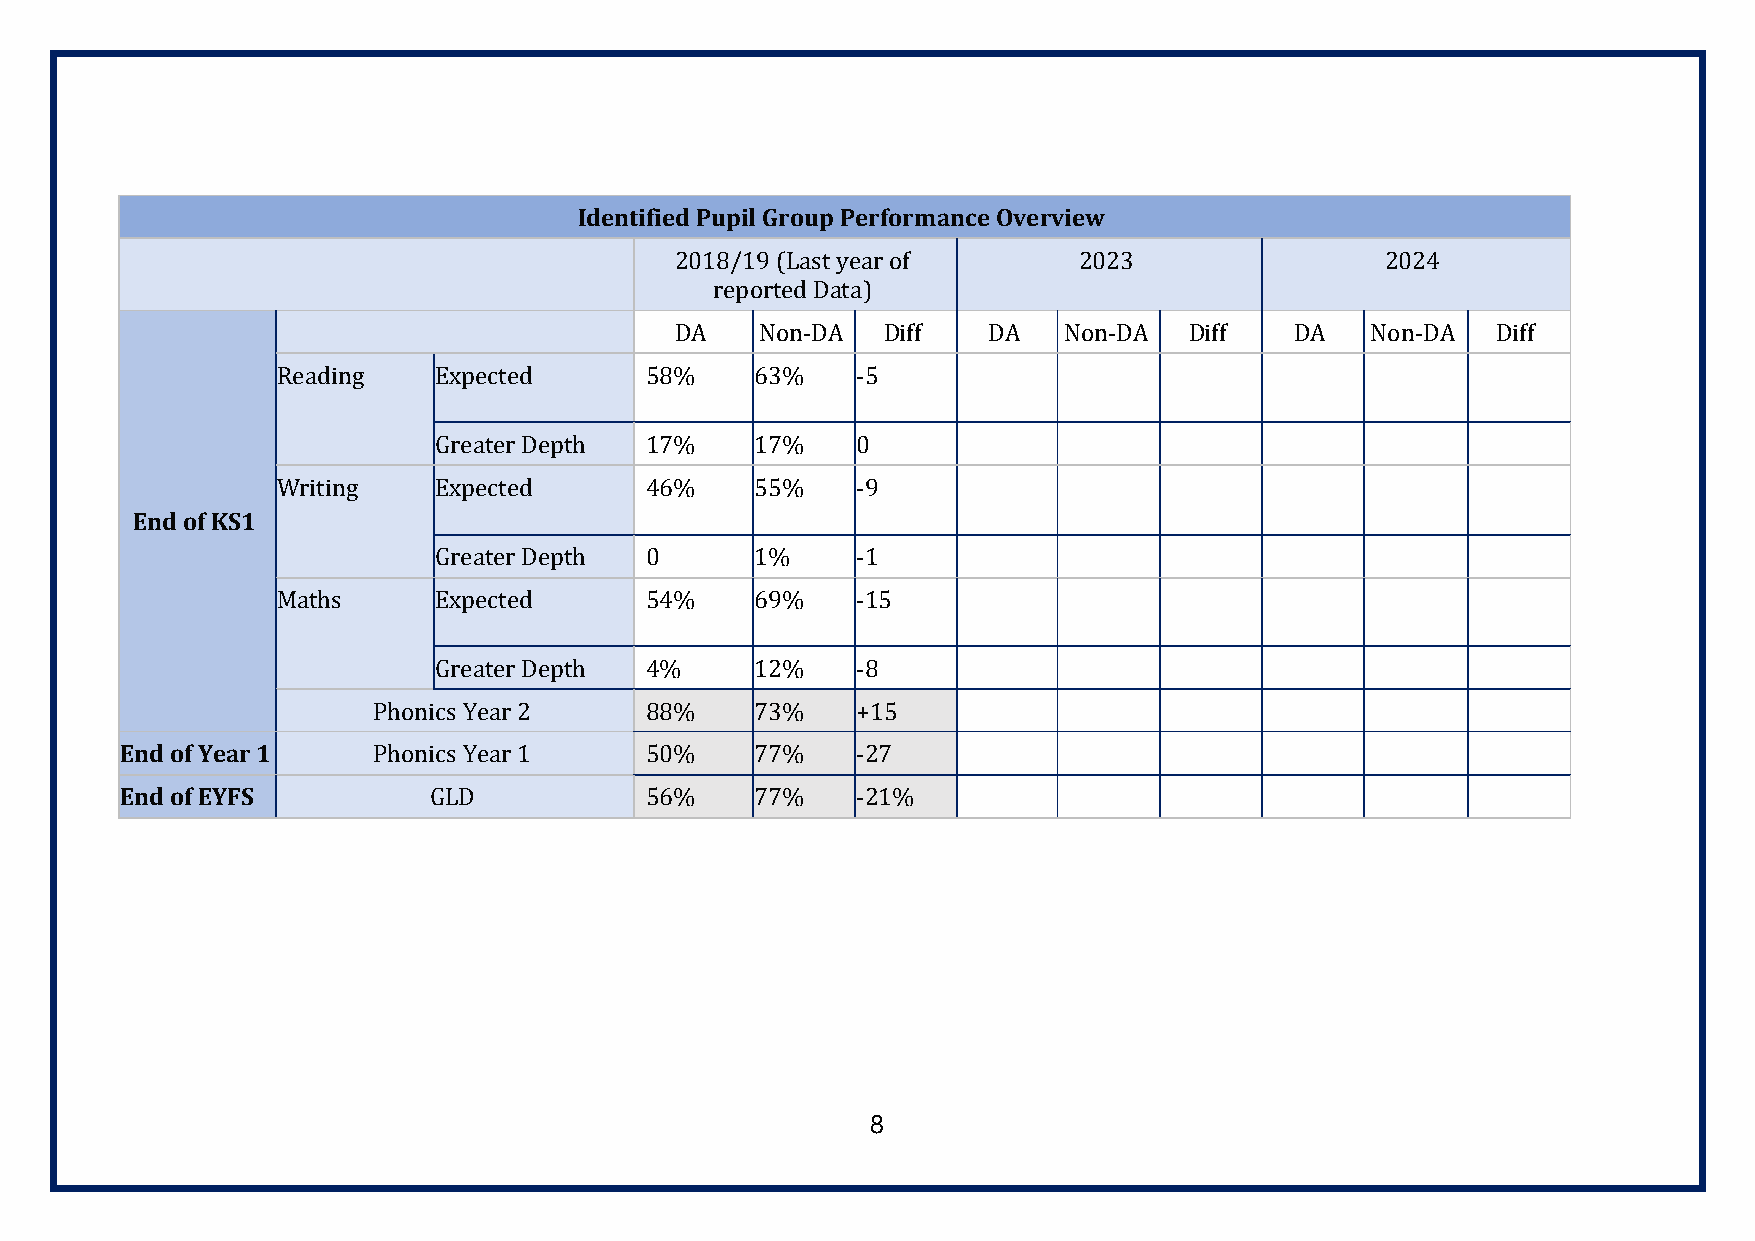
Identified Pupil Group Performance Overview
 2018/19 (Last year of     2023                 2024
 reported Data)
 DA   Non-DA  Diff   DA   Non-DA   Diff   DA   Non-DA  Diff
 Reading    Expected      58%    63%    -5
 Greater Depth 17%    17%    0
 Writing    Expected      46%    55%    -9
 End of KS1
 Greater Depth 0      1%     -1
 Maths      Expected      54%    69%    -15
 Greater Depth 4%     12%    -8
 Phonics Year 2    88%    73%    +15
 End of Year 1    Phonics Year 1    50%    77%    -27
 End of EYFS         GLD            56%    77%    -21%
 8